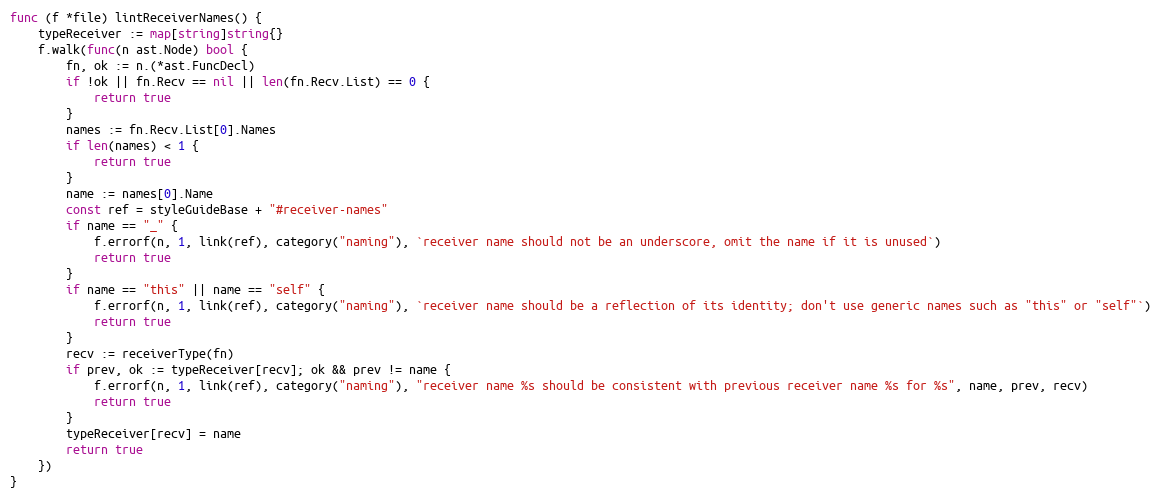
Language: Go
func (f *file) lintReceiverNames() {
	typeReceiver := map[string]string{}
	f.walk(func(n ast.Node) bool {
		fn, ok := n.(*ast.FuncDecl)
		if !ok || fn.Recv == nil || len(fn.Recv.List) == 0 {
			return true
		}
		names := fn.Recv.List[0].Names
		if len(names) < 1 {
			return true
		}
		name := names[0].Name
		const ref = styleGuideBase + "#receiver-names"
		if name == "_" {
			f.errorf(n, 1, link(ref), category("naming"), `receiver name should not be an underscore, omit the name if it is unused`)
			return true
		}
		if name == "this" || name == "self" {
			f.errorf(n, 1, link(ref), category("naming"), `receiver name should be a reflection of its identity; don't use generic names such as "this" or "self"`)
			return true
		}
		recv := receiverType(fn)
		if prev, ok := typeReceiver[recv]; ok && prev != name {
			f.errorf(n, 1, link(ref), category("naming"), "receiver name %s should be consistent with previous receiver name %s for %s", name, prev, recv)
			return true
		}
		typeReceiver[recv] = name
		return true
	})
}